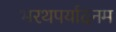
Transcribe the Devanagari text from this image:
भरथपर्यादनम